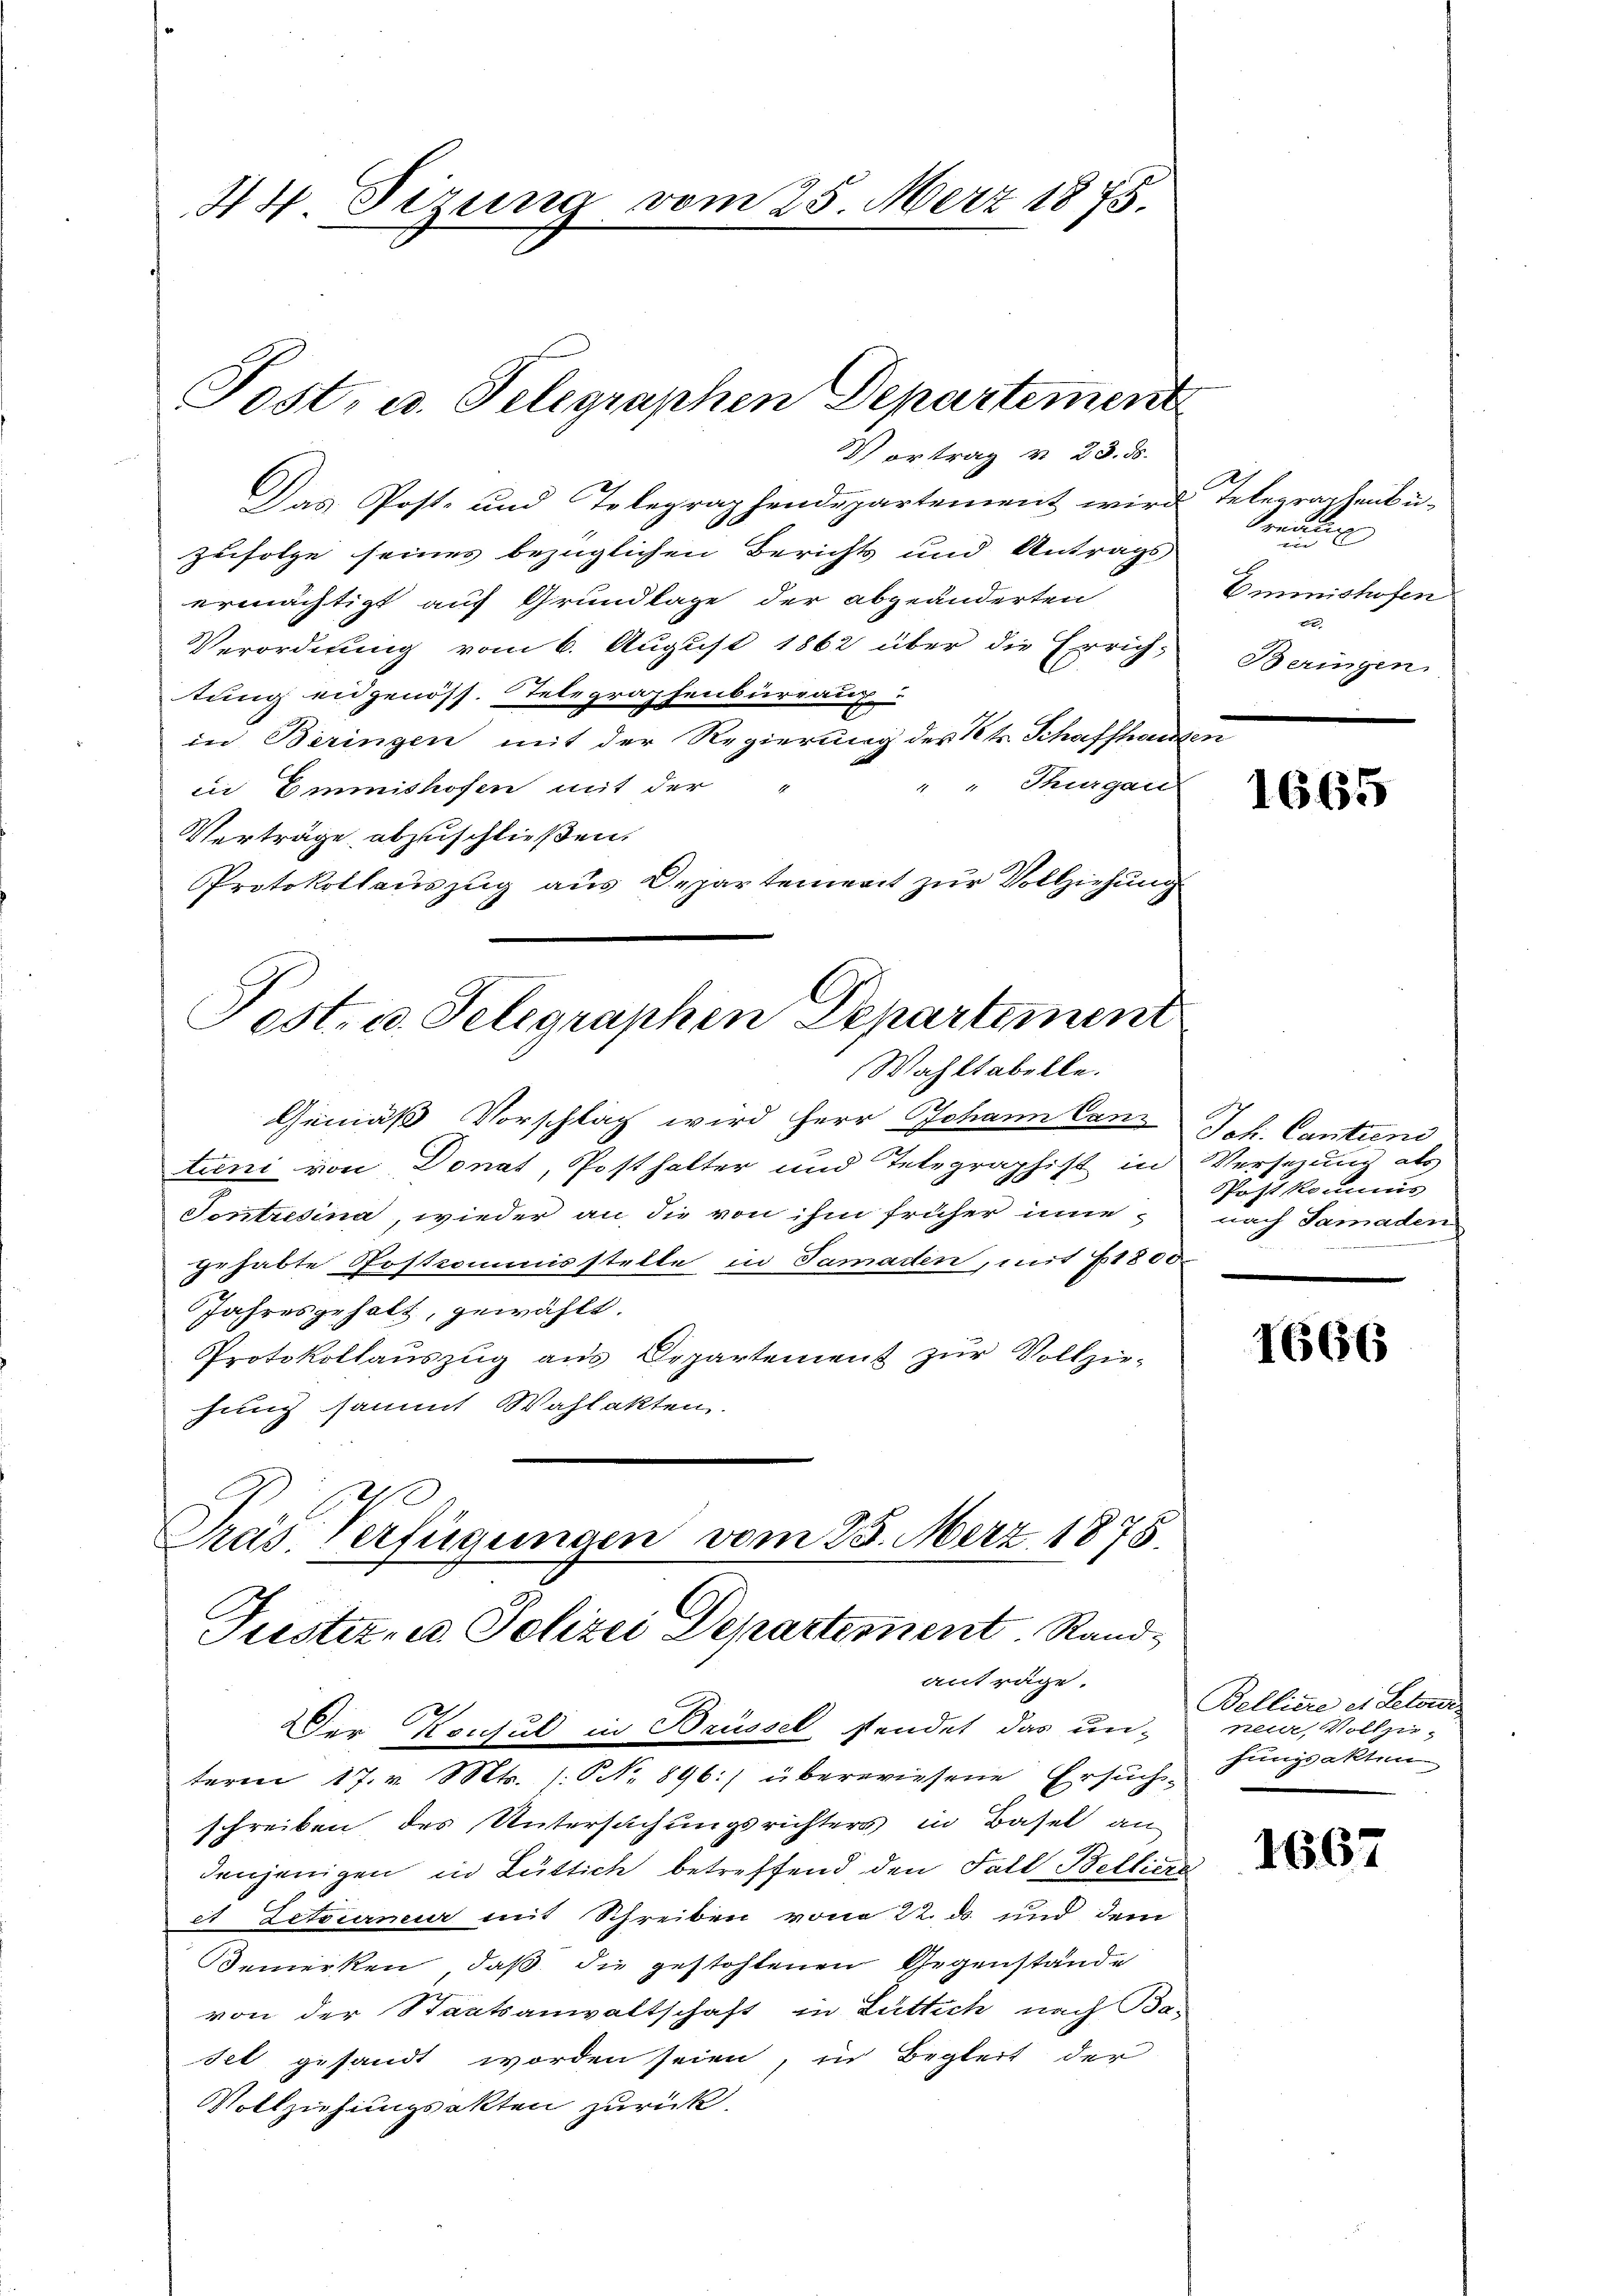
44. Sizung vom 25. März 1875.

Post- u. Telegraphen Departement
Vortrag v. 23. ds.

Das Post- und Telegraphendepartement wird Telegraphenbuzufolge seines bezüglichen Berichts und Antrags
ermächtigt auf Grundlage der abgeänderten
Verordnung vom 6. August 1862 über die Errichtung eidgenöss. Telegraphenbureaux
in Beringen mit der Regierung des Kts. Schaffhausen
" Thurgau
in Emmishofen mit der
Verträge abzuschließen.
Protokollauszug aus Departement zur Vollziehung
Post- u. Telegraphen Departement

Wahltabelle.

Gemäß Vorschlag wird Herr Johann Canz Joh. Cantiend
tuni von Donat, Posthalter und Telegraphist in Versezung als
Sontresina, wieder an die von ihm früher inne
gehabte Postcommisstelle in Samaden, mit 61800.
Jahresgehalt, gewählt.
Protokollauszug aus Departement zur Vollzie-
hung sammt Wahlakten.
Präs. Verfügungen vom 23. März 1875.

Tuester- u. Polizei Departement. Standanträge.

Der Konsul in Brüssel stendet das un-
term 17. v. Mts. 1. No. 896:) überwiesene Ersuch-
schreiben des Untersuchungsrichters in Basel an-
denjenigen in Lüttich betreffend den Fall Belliere
et Letzterneur mit Schreiben von 22. ds. und dem
Bemerken, daß die gestohlenen Gegenstände
von der Staatsanwaltschaft in Lüttich nach Ba-
set gesandt worden seien, in Begleit der
Vollziehungsakten zurück.

Freud
2
au
Emmnishofen
t
Beringen.

1665

Poitkommis
nach Samaden

1666

Bellice es Letour
neide, Vollziehungsakten

1667